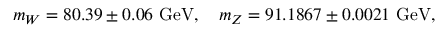
m _ { W } = 8 0 . 3 9 \pm 0 . 0 6 ~ \mathrm { G e V } , ~ ~ ~ m _ { Z } = 9 1 . 1 8 6 7 \pm 0 . 0 0 2 1 ~ \mathrm { G e V } ,